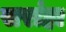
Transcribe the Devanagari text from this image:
सरांहा